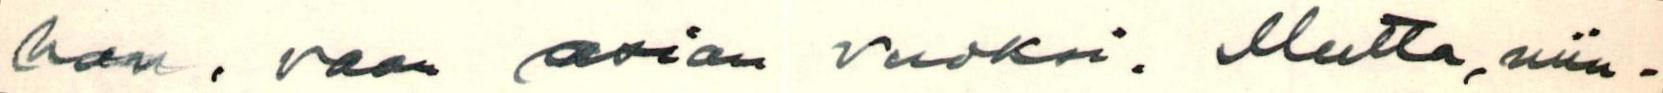
han, vaan asian vuoksi. Mutta, niin-